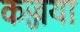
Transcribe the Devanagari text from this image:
कज्जया